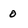
Character: 0